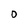
Character: 0